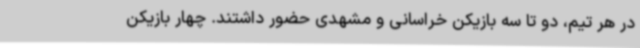
در هر تیم، دو تا سه بازیکن خراسانی و مشهدی حضور داشتند. چهار بازیکن